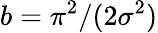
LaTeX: b=\pi^{2}/(2\sigma^{2})